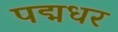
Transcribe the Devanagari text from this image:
पद्मधर